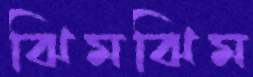
ঝিমঝিম